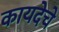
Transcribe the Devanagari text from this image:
कायदेचे